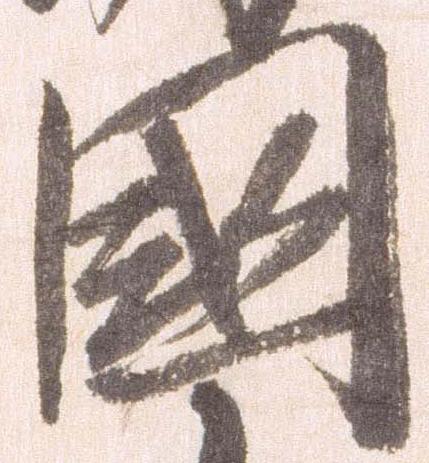
国